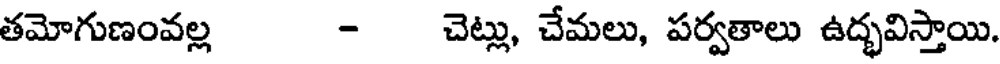
తమోగుణంవల్ల - చెట్లు, చేమలు, పర్వతాలు ఉద్భవిస్తాయి.